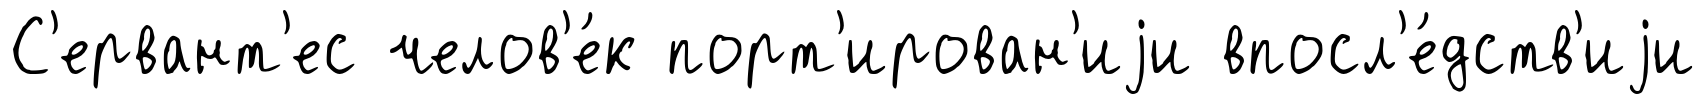
С'ервант'ес челов'е́к порт'ирован'иjи впосл'е́дств'иjи